Preparation of a safe and efficient antirabic vaccine - Number 44
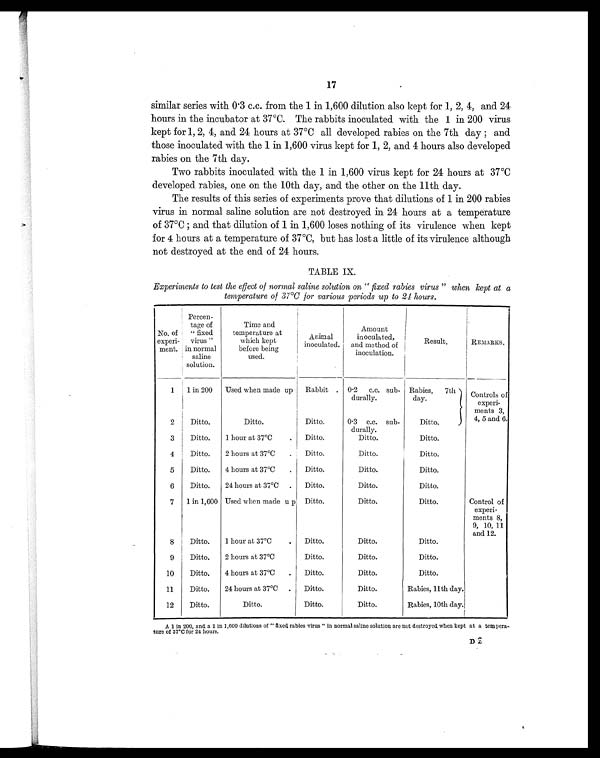
17
similar series with 0.3 c.c. from the 1 in 1,600 dilution also kept for 1, 2, 4, and 24
hours in the incubator at 37°C. The rabbits inoculated with the 1 in 200 virus
kept for 1, 2, 4, and 24 hours at 37°C all developed rabies on the 7th day ; and
those inoculated with the 1 in 1,600 virus kept for 1, 2, and 4 hours also developed
rabies on the 7th day.
Two rabbits inoculated with the 1 in 1,600 virus kept for 24 hours at 37°C
developed rabies, one on the 10th day, and the other on the 11th day.
The results of this series of experiments prove that dilutions of 1 in 200 rabies
virus in normal saline solution are not destroyed in 24 hours at a temperature
of 37°C ; and that dilution of 1 in 1,600 loses nothing of its virulence when kept
for 4 hours at a temperature of 37°C, but has lost a little of its virulence although
not destroyed at the end of 24 hours.
TABLE IX.
Experiments to test the effect of normal saline solution on "fixed rabies virus" when kept at a
temperature of 37°C for various periods up to 24 hours.
No. of
experi-
ment.
Percen-
tage of
"fixed
virus"
in normal
saline
solution.
Time and
temperature at
which kept
before being
used.
Animal
inoculated.
Amount
inoculated,
and method of
inoculation.
Result.
REMARKS.
1
1 in 200
Used when made up
Rabbit . 0.2 c.c. sub-
durally.
Rabies, 7th
day.
Controls of
experi-
ments 3,
4, 5 and 6.
2
Ditto.
Ditto.
Ditto.
0.3 c.c. sub-
durally.
Ditto.
3
Ditto.
1 hour at 37°C
.
Ditto.
Ditto.
Ditto.
4
Ditto.
2 hours at 37°C
.
Ditto.
Ditto.
Ditto.
5
Ditto.
4 hours at 37°C
.
Ditto.
Ditto.
Ditto.
6
Ditto.
24 hours at 37°C .
Ditto.
Ditto.
Ditto.
7
1 in 1,600 Used when made up Ditto.
Ditto.
Ditto.
Control of
experi-
ments 8,
9, 10, 11
and 12.
8
Ditto.
1 hour at 37°C
.
Ditto.
Ditto.
Ditto.
9
Ditto.
2 hours at 37°C
Ditto.
Ditto.
Ditto.
10
Ditto.
4 hours at 37°C
.
Ditto.
Ditto.
Ditto.
11
Ditto.
24 hours at 37°C .
Ditto.
Ditto.
Rabies, 11th day.
12
Ditto.
Ditto.
Ditto.
Ditto.
Rabies, 10th day.
A 1 in 200, and a 1 in 1,600 dilutions of "fixed rabies virus" in normal saline solution are not destroyed when kept at a tempera-
ture of 37°C for 24 hours.
D 2